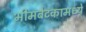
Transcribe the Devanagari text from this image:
भीमबेटकामध्ये